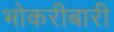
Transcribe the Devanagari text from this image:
भोकरीबारी